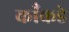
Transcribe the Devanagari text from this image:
काँकडे